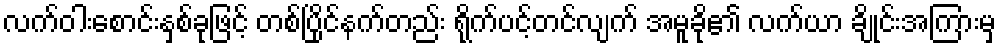
လက်ဝါးစောင်းနှစ်ခုဖြင့် တစ်ပြိုင်နက်တည်း ရိုက်ပင့်တင်လျက် အမူခို၏ လက်ယာ ချိုင်းအကြားမှ